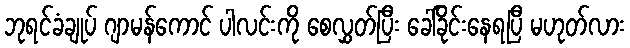
ဘုရင်ခံချုပ် ဂျာမန်ကောင် ပါလင်းကို စေလွှတ်ပြီး ခေါ်ခိုင်းနေရပြီ မဟုတ်လား